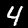
Label: 4